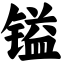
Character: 镒